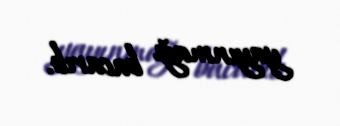
yayınmağı bacarıb.